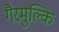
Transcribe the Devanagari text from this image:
गैरमुल्कि